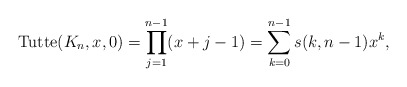
\begin{gather*}{\rm Tutte}(K_n,x,0)= \prod_{j=1}^{n-1} (x+j-1) = \sum_{k=0}^{n-1} s(k,n-1)x^{k},\end{gather*}